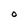
Character: O